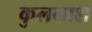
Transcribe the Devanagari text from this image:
कुलनाश